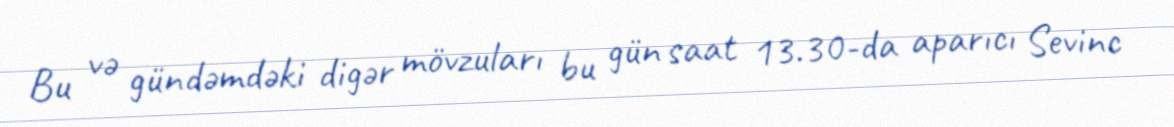
Bu və gündəmdəki digər mövzuları bu gün saat 13.30-da aparıcı Sevinc